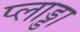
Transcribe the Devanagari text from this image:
प्लाड्डा